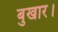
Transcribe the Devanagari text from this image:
बुखार।